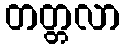
တတ္တလာ